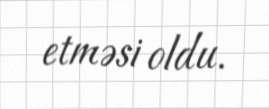
etməsi oldu.